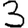
Digit: 3